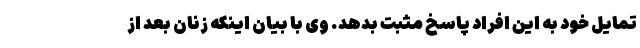
تمایل خود به این افراد پاسخ مثبت بدهد. وی با بیان اینکه زنان بعد از